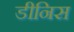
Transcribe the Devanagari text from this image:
डीनिस